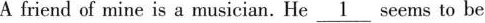
A friend of mine is a musician.He \underline{1} seems to be